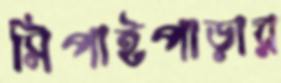
সিপাইপাড়ার